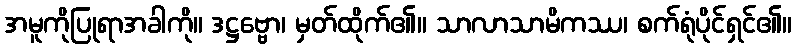
အမူကိုပြုရာအခါကို။ ဒဋ္ဌဗ္ဗော၊ မှတ်ထိုက်၏။ သာလာသာမိကဿ၊ စက်ရုံပိုင်ရှင်၏။